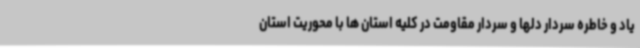
یاد و خاطره سردار دلها و سردار مقاومت در کلیه استان ها با محوریت استان